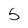
Character: 5